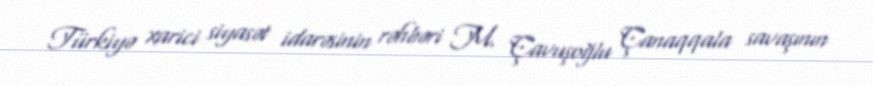
Türkiyə xarici siyasət idarəsinin rəhbəri M. Çavuşoğlu Çanaqqala savaşının